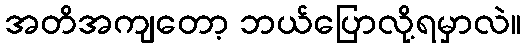
အတိအကျတော့ ဘယ်ပြောလို့ရမှာလဲ။